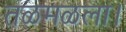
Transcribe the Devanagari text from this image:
तळमळला।